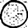
Digit: 0